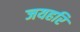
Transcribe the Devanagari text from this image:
जयहरि